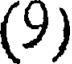
(9)